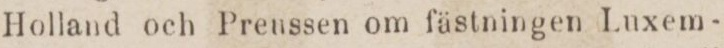
Holland och Preussen om fästningen Luxem-